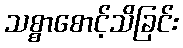
သစ္စာစောင့်သိခြင်း